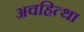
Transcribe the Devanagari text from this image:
अवहित्था